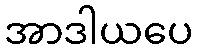
အာဒါယပေ